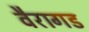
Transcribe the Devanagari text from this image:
वैरागड